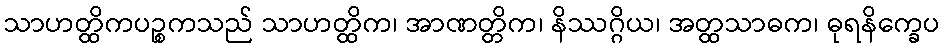
သာဟတ္ထိကပဉ္စကသည် သာဟတ္ထိက၊ အာဏတ္တိက၊ နိဿဂ္ဂိယ၊ အတ္ထသာဓက၊ ဓုရနိက္ခေပ